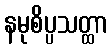
နမုစိပ္ပသတ္ထာ